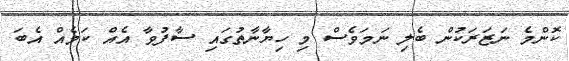
ކޮންމެ ނަޒަރަކުން ބެލި ނަމަވެސް މި ހިޔާނާތުގައި ސާފުވާ އެއް ކަމެއް އެބަ